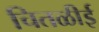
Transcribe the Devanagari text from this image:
चितळीई